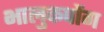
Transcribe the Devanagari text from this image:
भालुकपोंग